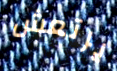
يرتعش